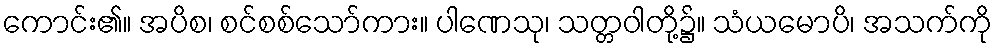
ကောင်း၏။ အပိစ၊ စင်စစ်သော်ကား။ ပါဏေသု၊ သတ္တဝါတို့၌။ သံယမောပိ၊ အသက်ကို